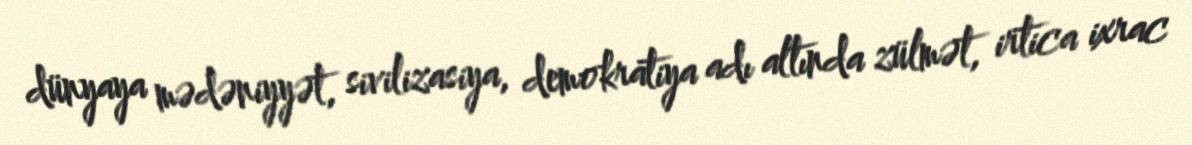
dünyaya mədəniyyət, sivilizasiya, demokratiya adı altında zülmət, irtica ixrac